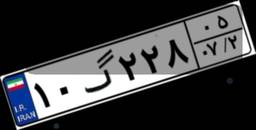
۱۰گ۲۲۸۰۵